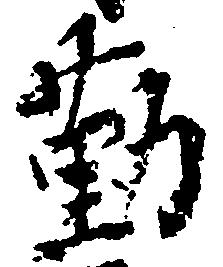
勤